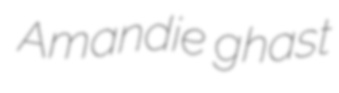
Amandie ghast